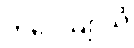
ဘဝေယျာသိ